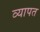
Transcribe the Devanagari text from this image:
व्‍यापत